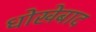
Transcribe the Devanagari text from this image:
धोखेबाद